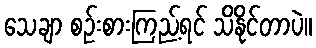
သေချာ စဉ်းစားကြည့်ရင် သိနိုင်တာပဲ။